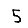
Digit: 5